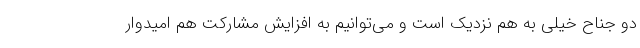
دو جناح خیلی به هم نزدیک است و می‌توانیم به افزایش مشارکت هم امیدوار